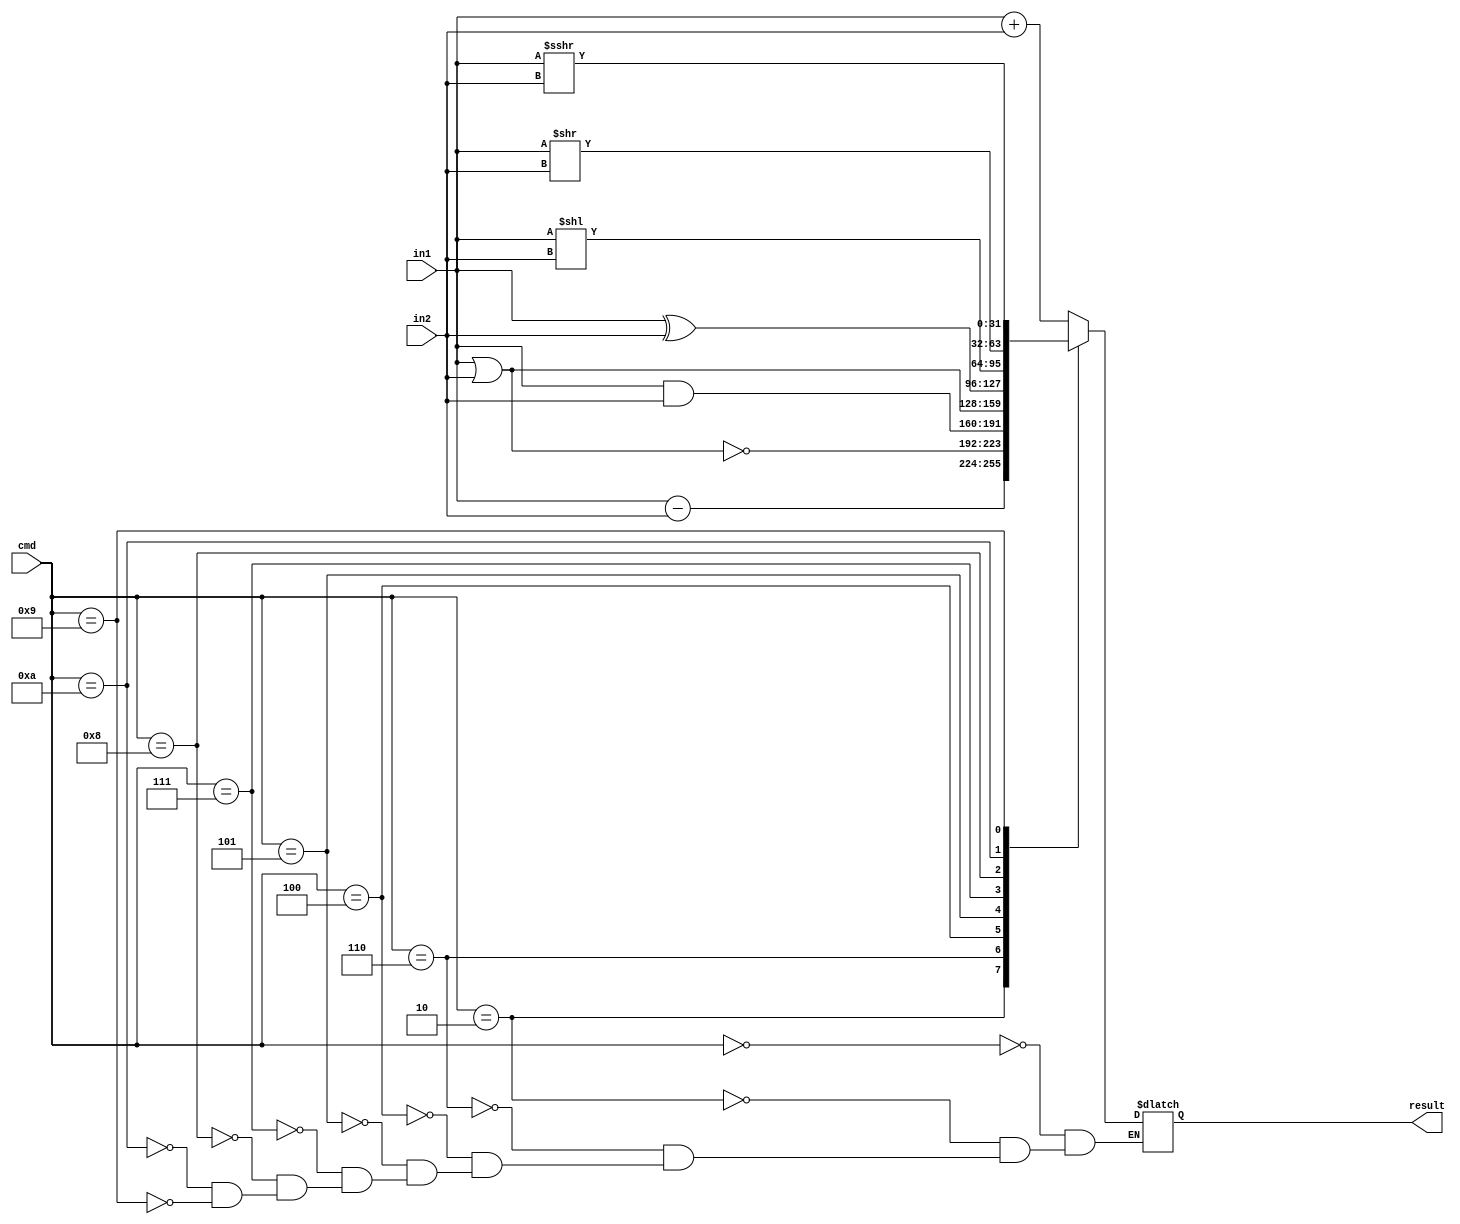
module ALU 
  (
    input [31:0] in1,
    input [31:0] in2,
    input [3:0] cmd,
    output [31:0] result
  );

  reg [31:0] Y, var, x, g;
  
  always @(in1 or in2 or cmd)begin
    case (cmd)
      4'b0000:  Y = in1 + in2;
      4'b0010:  Y = in1 - in2;
      4'b0110:  Y = ~ (in1 | in2);
      4'b0100:  Y = in1 & in2;
      4'b0101:  Y = in1 | in2;
      4'b0111:  Y = in1 ^ in2;
      4'b1000:  Y = in1 << in2;
      4'b1010:  Y = in1 >> in2;
      4'b1001:  Y = $signed(in1) >>> in2;
    endcase       
  end

  assign result = Y;

endmodule